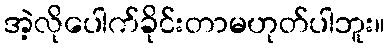
အဲ့လိုပေါက်ခိုင်းတာမဟုတ်ပါဘူး။